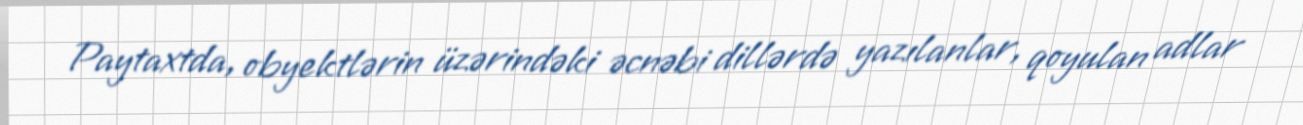
Paytaxtda, obyektlərin üzərindəki əcnəbi dillərdə yazılanlar, qoyulan adlar